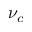
\nu _ { c }